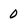
Character: 0